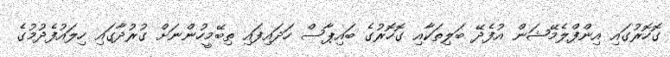
ގޮހޮރުގައި އިންފްލެމޭޝަން އުފެދޭ ބަލިތަކާއި ގޮހޮރުގެ ބައިޕާސް ހަދައިފައި ތިބޭމީހުންނަށް ގުރުދާގައި ހިލައުފެދުމުގެ